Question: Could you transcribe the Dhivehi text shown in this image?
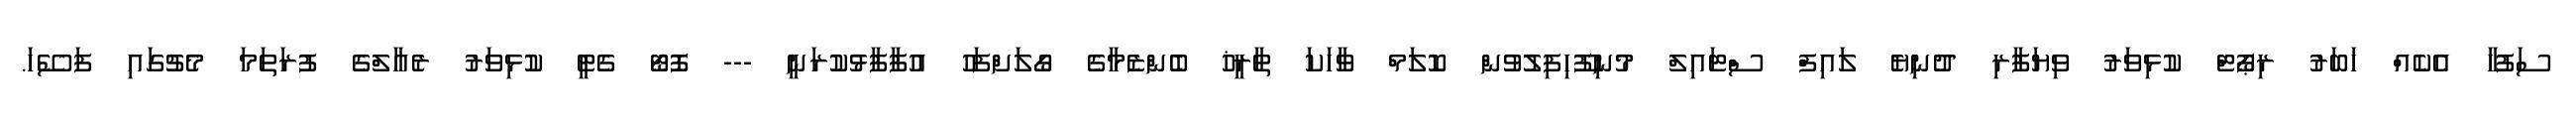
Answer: ސަފުހާ އެކެއް ޚަބަރު ރިޕޯޓް ކުޅިވަރު ވިޔަފާރި ދުނިޔެ ލައިފް ސްޓައިލް މުނިފޫހިފިލުވުން ކޮލަމް ވާހަކަ ތާރީޚު ބެންޒެމާގެ ގޯލަށްފަހު އުފާފާޅުކުރަނީ --- ފޮޓޯ ގެޓީ ކުޅިވަރު ރެއާލްގެ ފުރަތަމަ މެޗުގައި ފަސޭހަ.